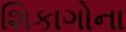
શિકાગોના